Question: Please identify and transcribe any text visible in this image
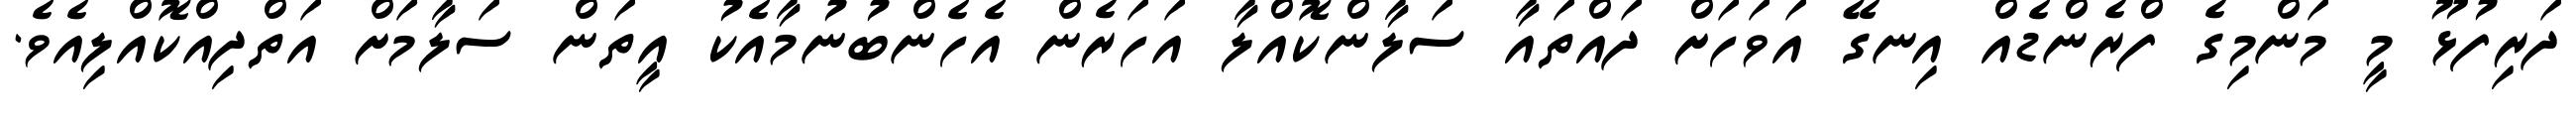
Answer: ދަރިފުޅޫ މީ މަންމިގެ ފްރެންޑެއް އިނގޭ އަވަހަށް ދައްތައާ ސަލާންކޮއްލާ އަހަރެން އެހެންބުނުމާއެކު އީތަން ސަލާމަށް އަތްދިއްކޮއްލިއެވެ.